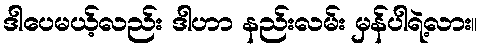
ဒါပေမယ့်လည်း ဒါဟာ နည်းလမ်း မှန်ပါရဲ့လား။